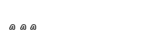
١٧٣